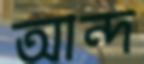
আন্দ